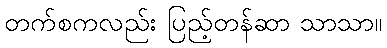
တက်စကလည်း ပြည့်တန်ဆာ သာသာ။